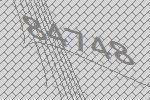
84748